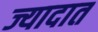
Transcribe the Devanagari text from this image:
ज्यादात